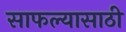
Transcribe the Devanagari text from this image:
साफल्यासाठी